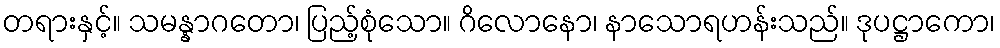
တရားနှင့်။ သမန္နာဂတော၊ ပြည့်စုံသော။ ဂိလောနော၊ နာသောရဟန်းသည်။ ဒုပဋ္ဌာကော၊